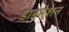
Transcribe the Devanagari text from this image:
डाइमेशन